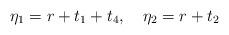
LaTeX: \begin{align*}\eta_1 = r + t_1 + t_4, \quad \eta_2 = r + t_2\end{align*}